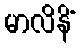
မာလိနိံ